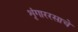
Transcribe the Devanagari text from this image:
शृंगाररसाचे